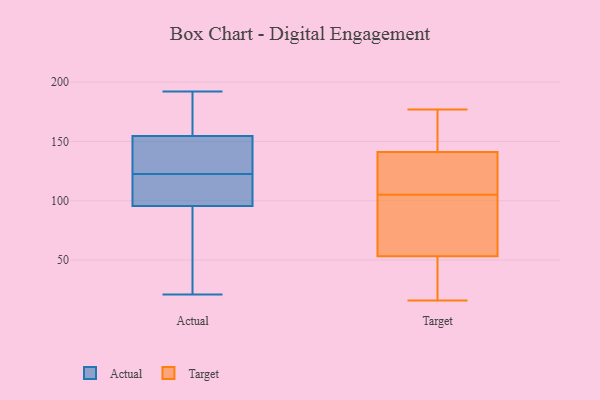
{"axis": {"x": "Satisfaction Score", "y": "Value"}, "legend": ["Actual", "Target"], "data": [{"x": "", "y": 88, "type": "Actual"}, {"x": "", "y": 143, "type": "Actual"}, {"x": "", "y": 103, "type": "Actual"}, {"x": "", "y": 143, "type": "Actual"}, {"x": "", "y": 138, "type": "Actual"}, {"x": "", "y": 107, "type": "Actual"}, {"x": "", "y": 192, "type": "Actual"}, {"x": "", "y": 166, "type": "Actual"}, {"x": "", "y": 21, "type": "Actual"}, {"x": "", "y": 106, "type": "Actual"}, {"x": "", "y": 181, "type": "Actual"}, {"x": "", "y": 46, "type": "Actual"}, {"x": "", "y": 19, "type": "Target"}, {"x": "", "y": 111, "type": "Target"}, {"x": "", "y": 177, "type": "Target"}, {"x": "", "y": 28, "type": "Target"}, {"x": "", "y": 153, "type": "Target"}, {"x": "", "y": 91, "type": "Target"}, {"x": "", "y": 143, "type": "Target"}, {"x": "", "y": 135, "type": "Target"}, {"x": "", "y": 117, "type": "Target"}, {"x": "", "y": 66, "type": "Target"}, {"x": "", "y": 49, "type": "Target"}, {"x": "", "y": 96, "type": "Target"}, {"x": "", "y": 158, "type": "Target"}, {"x": "", "y": 16, "type": "Target"}, {"x": "", "y": 105, "type": "Target"}]}